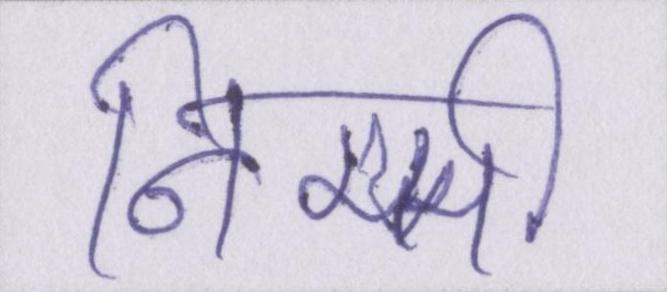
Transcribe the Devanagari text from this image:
निम्मी